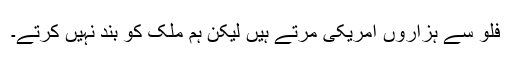
فلو سے ہزاروں امریکی مرتے ہیں لیکن ہم ملک کو بند نہیں کرتے۔